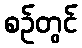
စဉ်တွင်